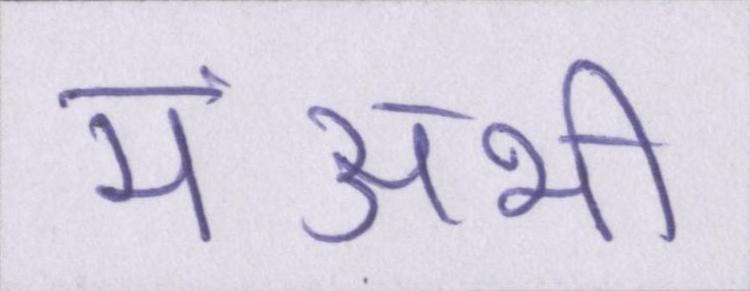
मंअभी